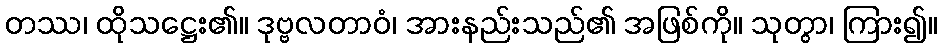
တဿ၊ ထိုသဋ္ဌေး၏။ ဒုဗ္ဗလတာဝံ၊ အားနည်းသည်၏ အဖြစ်ကို။ သုတွာ၊ ကြား၍။